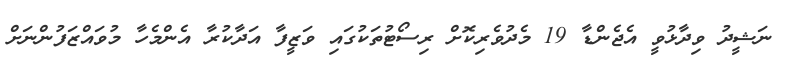
ނަޝީދު ވިދާޅުވީ އެޖެންޑާ 19 މެދުވެރިކޮށް ރިސޯޓުތަކުގައި ވަޒީފާ އަދާކުރާ އެންމެހާ މުވައްޒަފުންނަށް